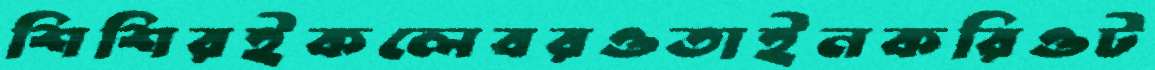
শিশিরইকলেবরওতাইনকরিওট